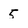
Character: 5